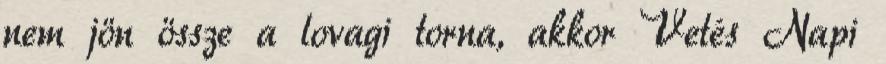
nem jön össze a lovagi torna, akkor Vetés Napi